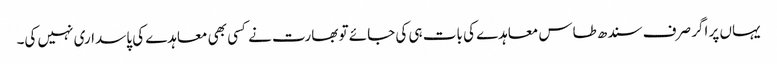
یہاں پر اگر صرف سندھ طاس معاہدے کی بات ہی کی جائے تو بھارت نے کسی بھی معاہدے کی پاسداری نہیں کی۔